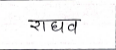
मजकूर: राघव